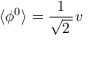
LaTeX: \langle \phi ^ { 0 } \rangle = { \frac { 1 } { \sqrt { 2 \, } } } v